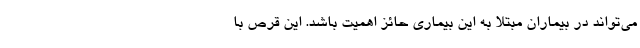
می‌تواند در بیماران مبتلا به این بیماری حائز اهمیت باشد. این قرص با